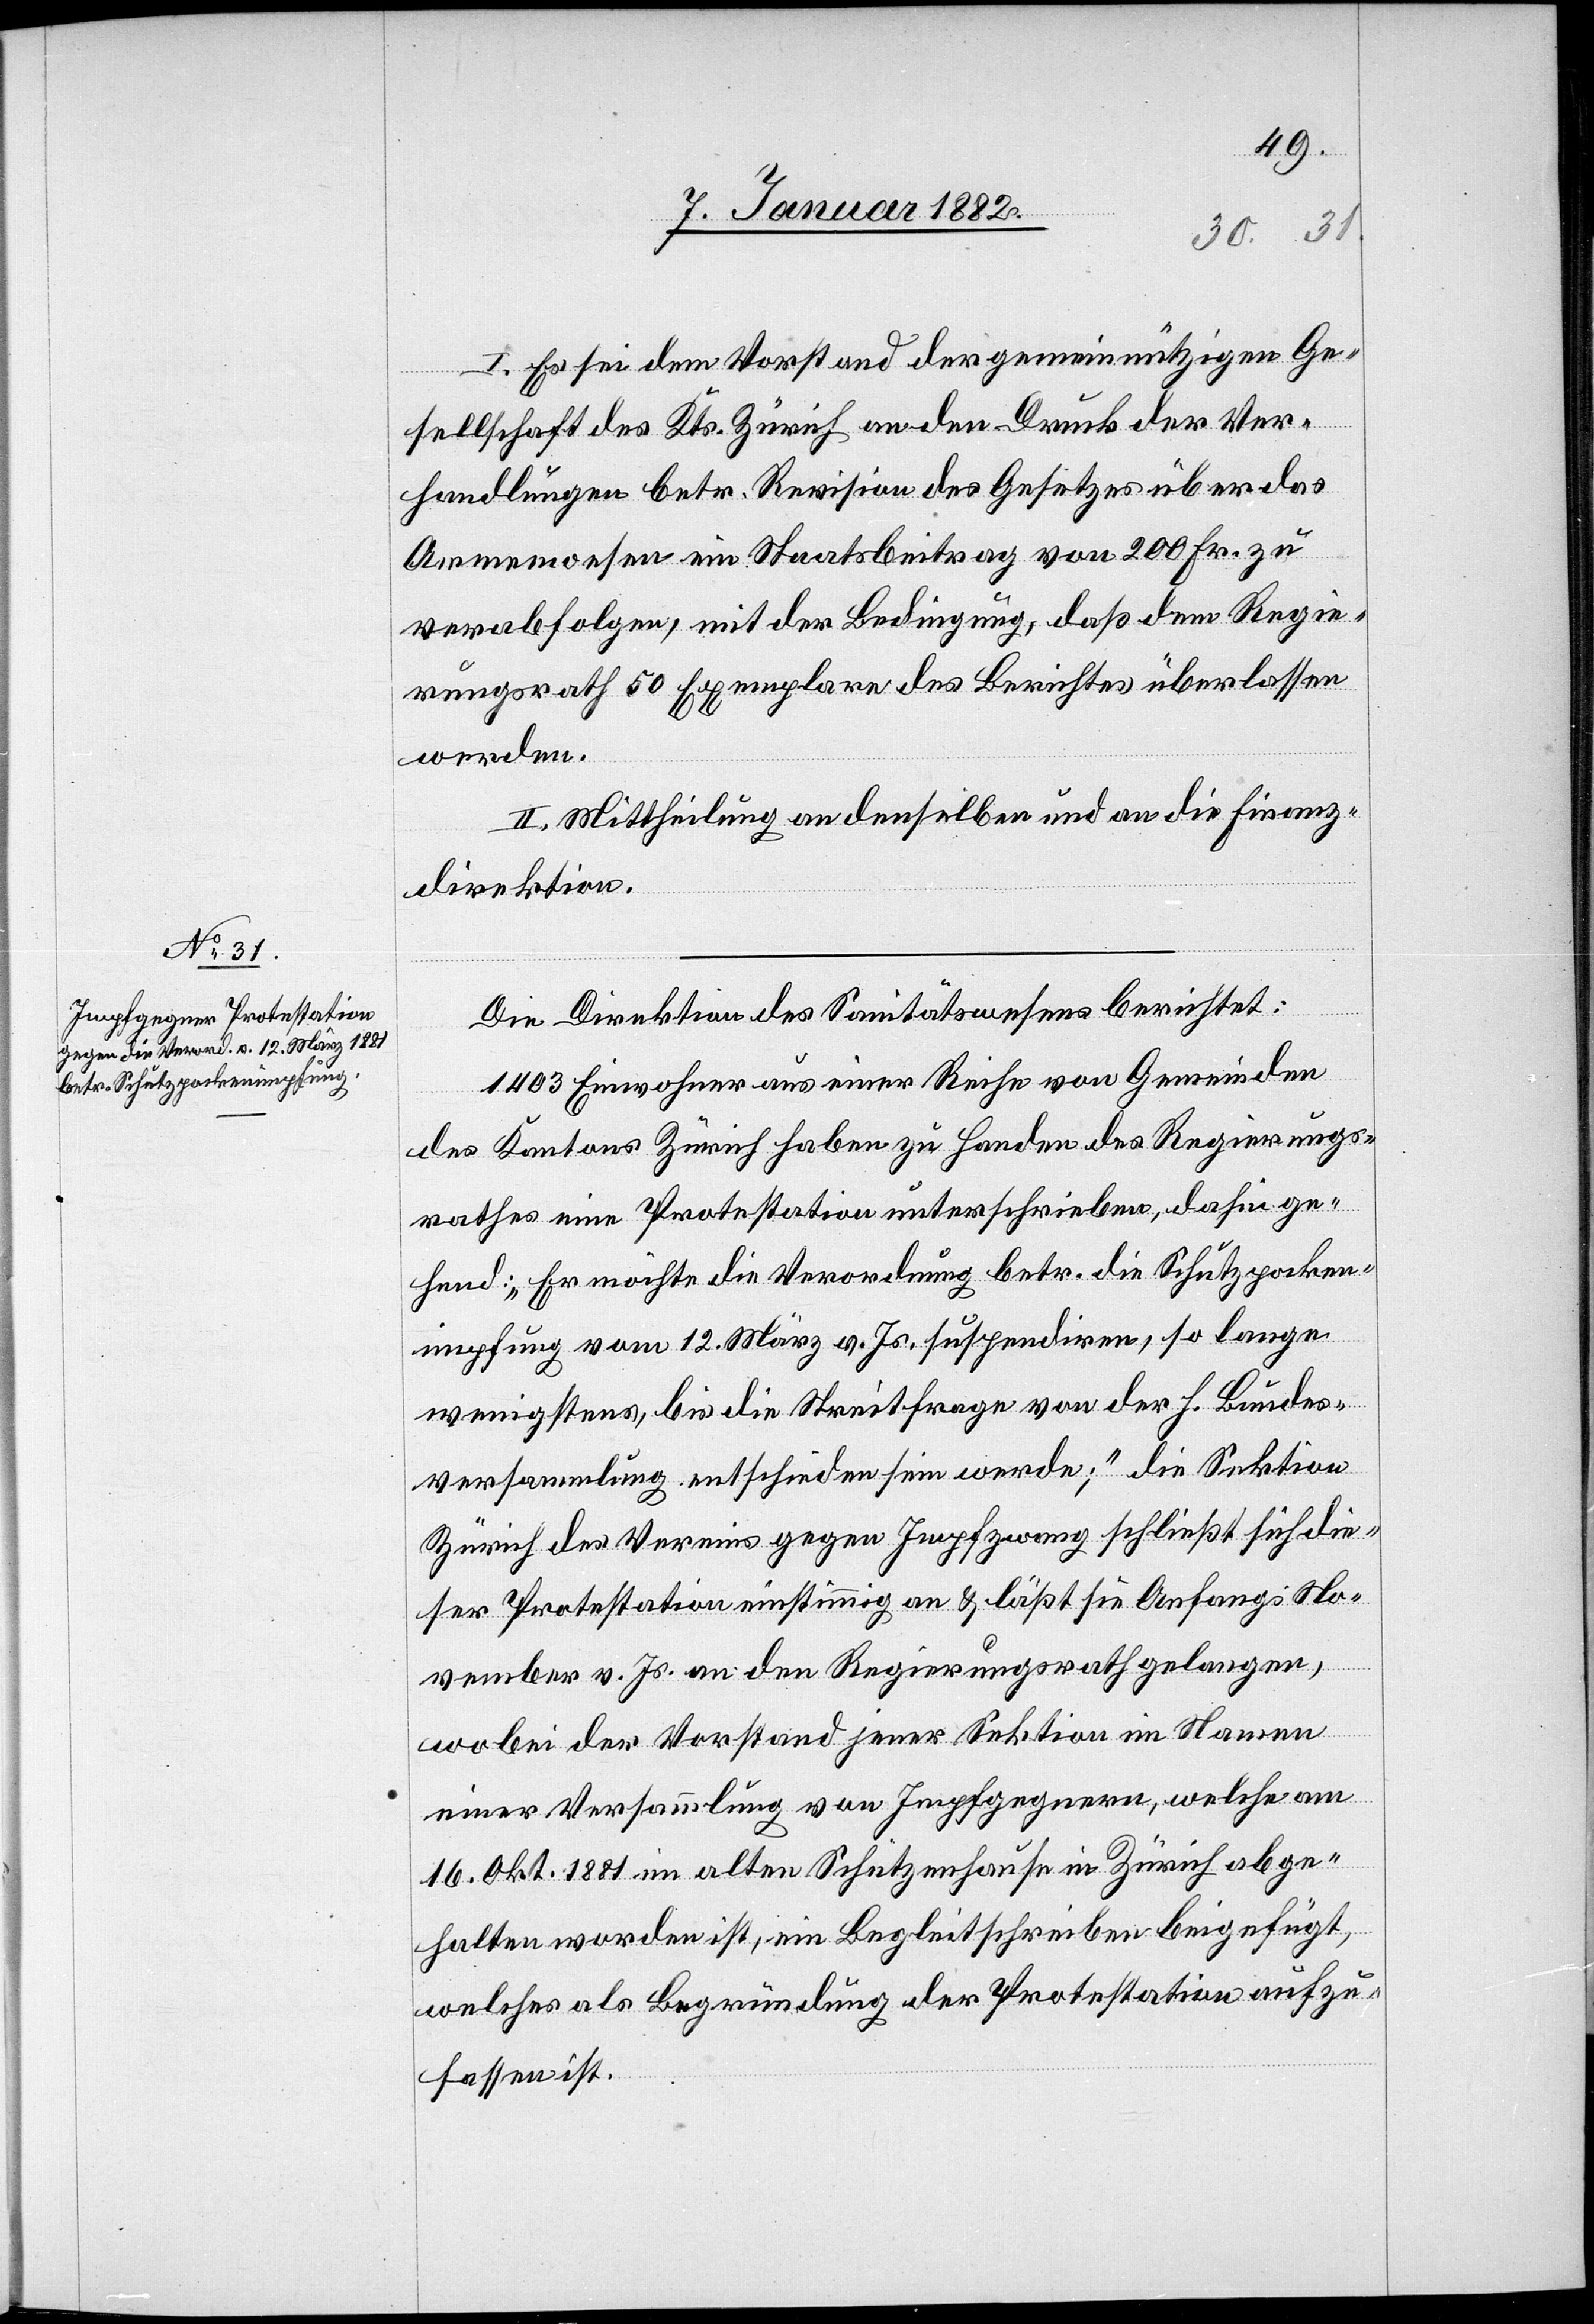
I. Es sei dem Vorstand der gemeinnützigen Ge¬
sellschaft des Kts. Zürich an den Druck der Ver¬
handlungen betr. Revision des Gesetzes über das
Armenwesen ein Staatsbeitrag von 200 Fr. zu
verabfolgen, mit der Bedingung, daß dem Regie¬
rungsrath 50 Exemplare des Berichtes überlassen
werden.
II. Mittheilung an denselben und an die Finanz¬
direktion.